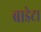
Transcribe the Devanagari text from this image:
बाडेटा